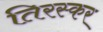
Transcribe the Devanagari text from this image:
तिरस्कर